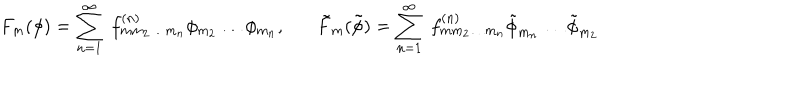
F _ { m } ( \phi ) = \sum _ { n = 1 } ^ { \infty } \; f _ { m m _ { 2 } \ldots m _ { n } } ^ { ( n ) } \phi _ { m _ { 2 } } \ldots \phi _ { m _ { n } } , \tilde { F } _ { m } ( \tilde { \phi } ) = \sum _ { n = 1 } ^ { \infty } \; f _ { m m _ { 2 } \ldots m _ { n } } ^ { ( n ) } \tilde { \phi } _ { m _ { n } } \ldots \tilde { \phi } _ { m _ { 2 } }